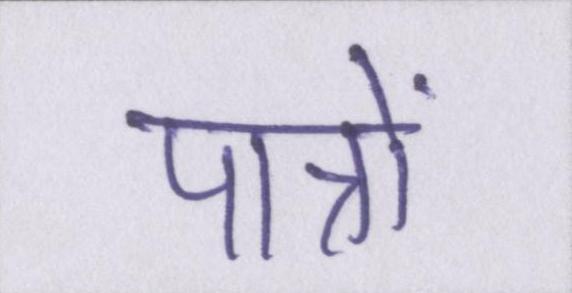
पात्रों